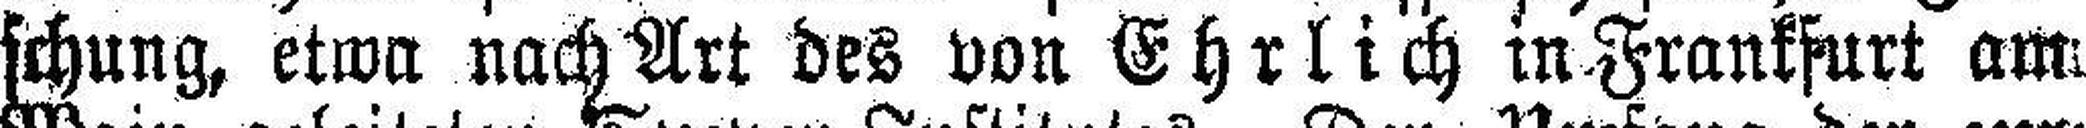
schung, etwa nach Art des von Ehrlich in Frankfurt am